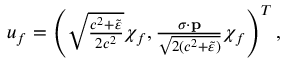
\begin{array} { r } { u _ { f } = \left( \sqrt { \frac { c ^ { 2 } + \tilde { \varepsilon } } { 2 c ^ { 2 } } } \chi _ { f } , \frac { { \boldsymbol \sigma } \cdot \mathbf { p } } { \sqrt { 2 ( c ^ { 2 } + \tilde { \varepsilon } ) } } \chi _ { f } \right) ^ { T } , } \end{array}